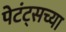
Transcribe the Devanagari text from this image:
पेटंट्सच्या